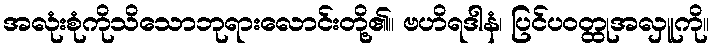
အလုံးစုံကိုသိသောဘုရားလောင်းတို့၏။ ဗဟိရဒါနံ၊ ပြင်ပဝတ္ထုအလှူကို။